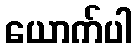
ယောက်ပါ